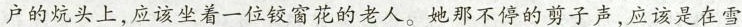
户的炕头上，应该坐着一位较窗花的老人。她那不停的剪子声，应该是在雪